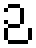
ဉ